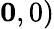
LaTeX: \mathbf 0,0)